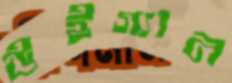
উইগ্যান